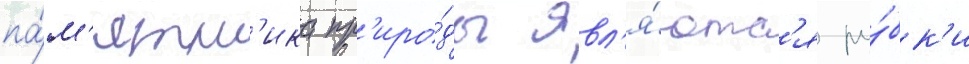
па́м'ятн'ика пр'иро́ды явл'я́ютс'я ру́бк'и